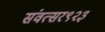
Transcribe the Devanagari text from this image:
संवत्सर९२३